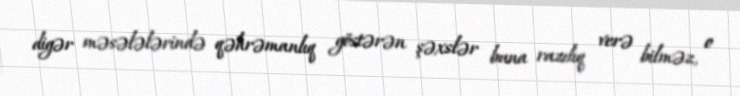
digər məsələlərində qəhrəmanlıq göstərən şəxslər buna razılıq verə bilməz, o